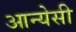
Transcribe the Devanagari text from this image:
आन्येसी